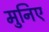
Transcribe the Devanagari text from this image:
मुनिए